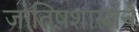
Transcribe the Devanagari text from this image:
जोतिषशास्त्राने